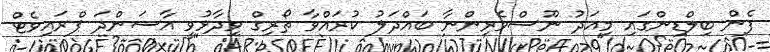
ފެން ބިލްޑިންގައި މިއަދު ނޫސްވެރިންނާ ބައްދަލު ކުރައްވާ ތޯރިގް ވިދާޅުވީ އާސަންދަ ޕްރައިވެޓް